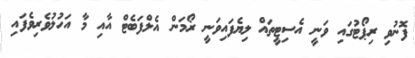
ފޮނުވި ރިޕޯޓުގައި ވަނީ އެސިޓީތައް ލިޔެފައިވަނީ ރޯމަން އެލްފަބެޓް އާއި މާ އަހުލުވެރިވެފައި